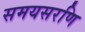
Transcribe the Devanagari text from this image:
समयसरणि